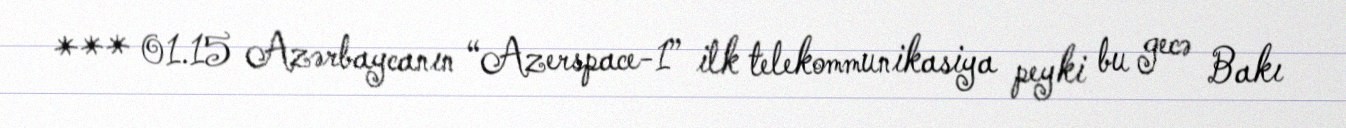
*** 01.15 Azərbaycanın “Azerspace-1” ilk telekommunikasiya peyki bu gecə Bakı